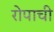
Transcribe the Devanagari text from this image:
रोपाची